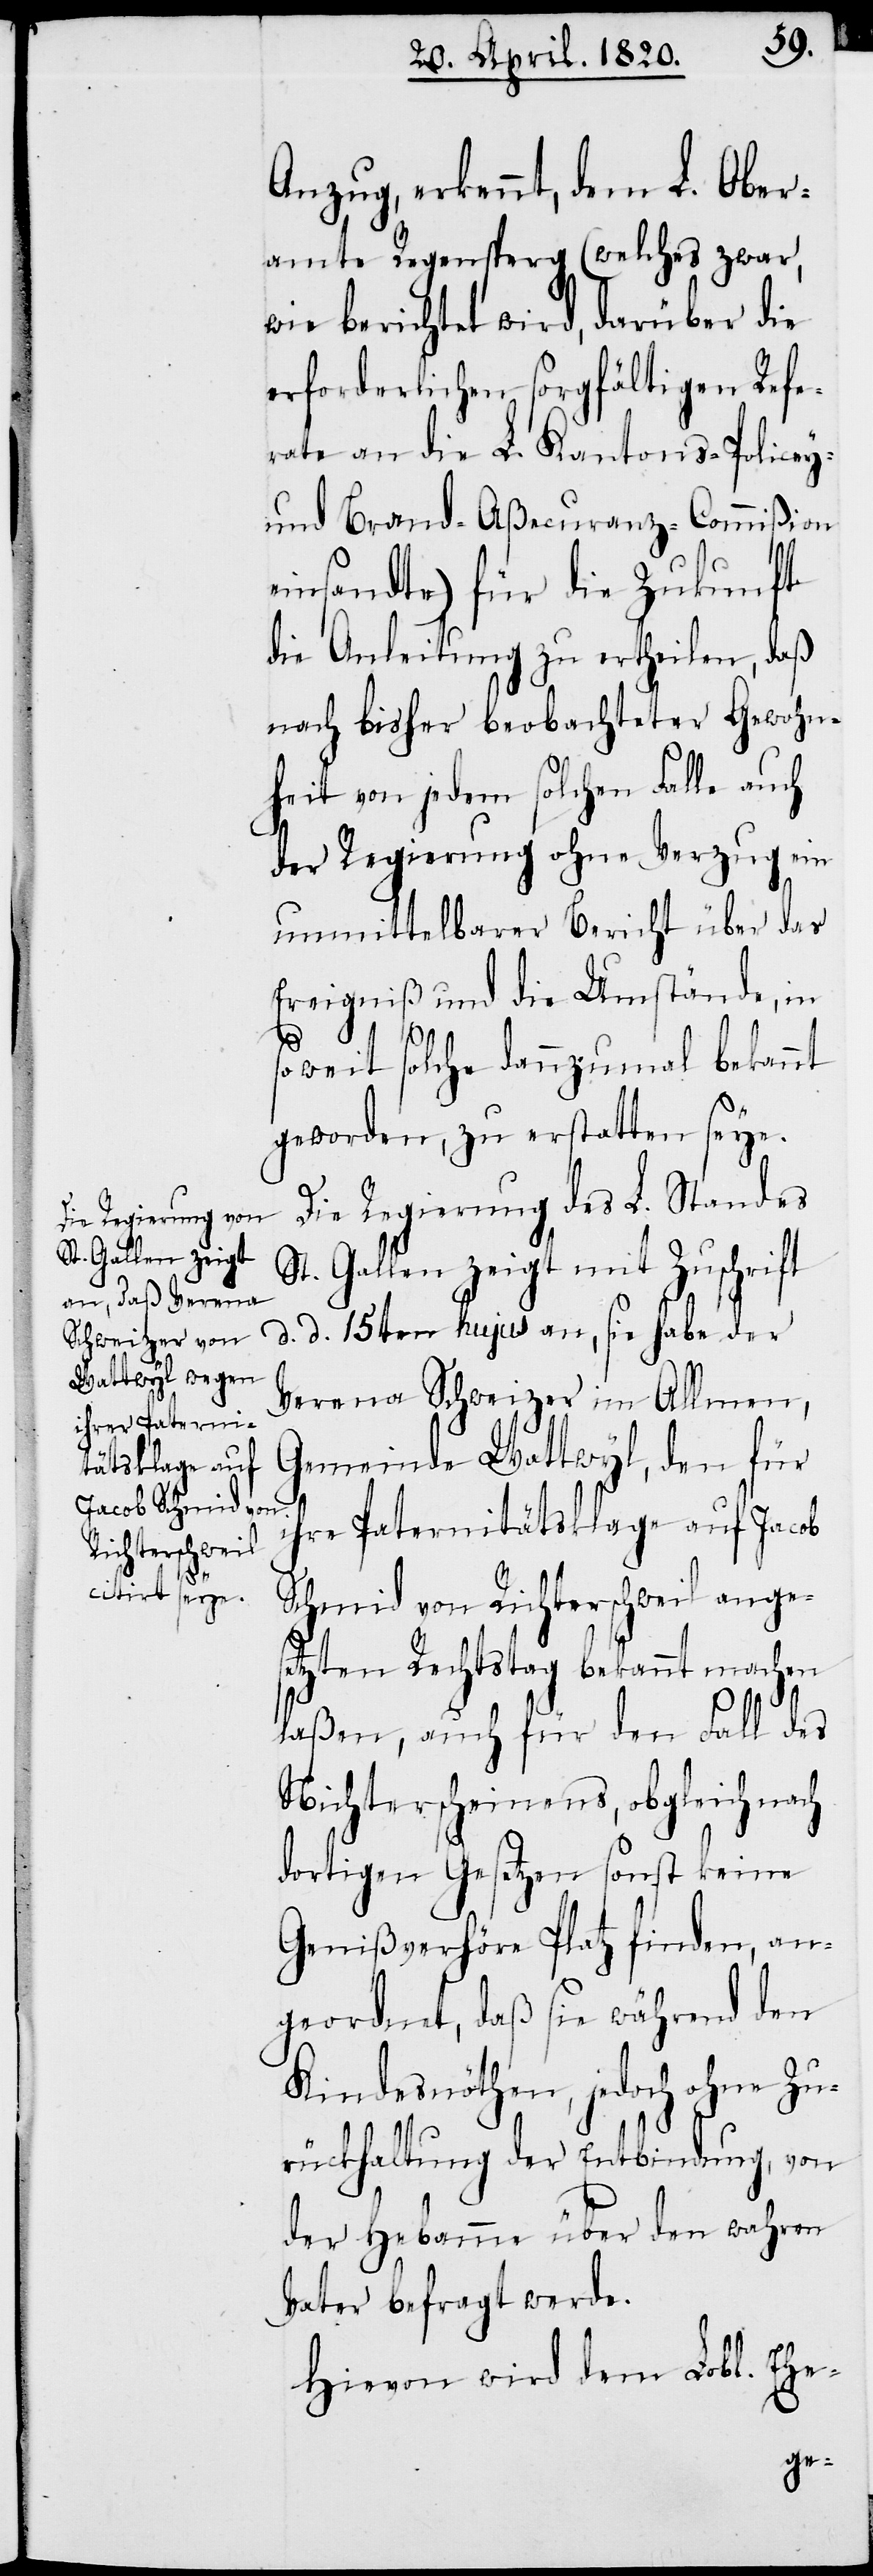
Anzug, erkennt, dem L. Ober¬
amte Regensperg (welches zwar,
wie berichtet wird, darüber die
erforderlichen sorgfältigen Refe¬
rate an die L. Kantons-Policey-
und Brand-Aβecuranz-Comiβion
einsandte) für die Zukunft
die Anleitung zu ertheilen, daβ
nach bisher beobachteter Gewohnt¬
heit von jedem solchen Falle auch
der Regierung ohne Verzug ein
unmittelbarer Bericht über das
Ereigniβ und die Umstände, in
soweit solche dannzumal bekannt
geworden, zu erstatten seye.
Die Regierung des L. Standes
St. Gallen zeigt mit Zuschrift
d. d. 15ten hujus an, sie habe der
Verena Schweizer im Allmen,
Gemeinde Wattwyl, den für
ihre Paternitätsklage auf Jacob
Schmid von Richterschweil anges¬
etzten Rechtstag bekannt machen
laβen, auch für den Fall des
Nichterscheinens, obgleich nach
dortigen Gesetzen sonst keine
Geniβverhöre Platz finden, an¬
geordnet, daβ sie während den
Kindesnöthen, jedoch ohne Zu¬
rückhaltung der Entbindung, von
der Hebamme über den wahren
Vater befragt werde.
Hiervon wird dem Lobl. Ehe-